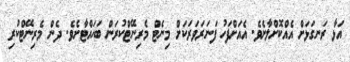
އަޅާ ރަނގަޅަށް އެއްކޮށްލާށެވެ. އެއަށްފަހު ފަނަރަވަރަކަށް މިނެޓް މެރިނޭޓްކުރަން ބަހައްޓާށެވެ. ދެން މެރިނޭޓްކުރި